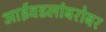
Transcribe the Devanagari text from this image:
आईवडलांबरोबर